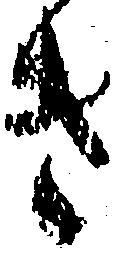
き